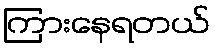
ကြားနေရတယ်